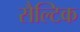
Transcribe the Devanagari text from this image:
सैल्टिक